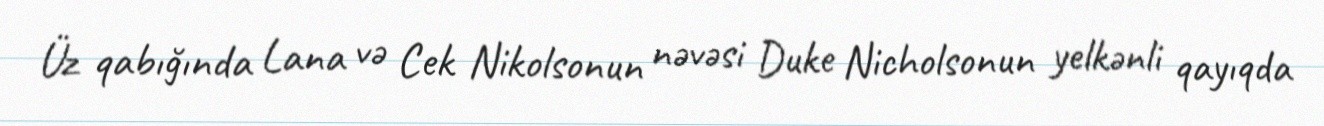
Üz qabığında Lana və Cek Nikolsonun nəvəsi Duke Nicholsonun yelkənli qayıqda